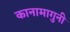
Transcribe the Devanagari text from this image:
कानामागुनी